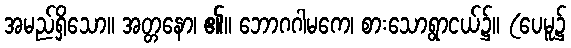
အမည်ရှိသော။ အတ္တနော၊ ၏။ ဘောဂဂါမကေ၊ စားသောရွာငယ်၌။ (ပေမူ၌